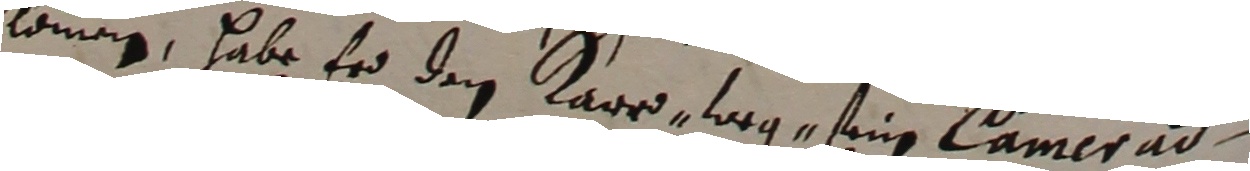
kommen, habe er den Kare wag, seine camerad